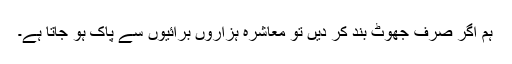
ہم اگر صرف جھوٹ بند کر دیں تو معاشرہ ہزاروں برائیوں سے پاک ہو جاتا ہے۔